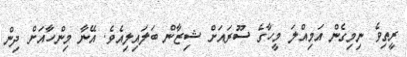
ރީތިވެ ނިމިގެން އަމިއްލަ މީހާގެ ސޫރައަށް ޝިޒާން ބަލައިލިއެވެ. އޭނާ މިންހާއަށް ދިން